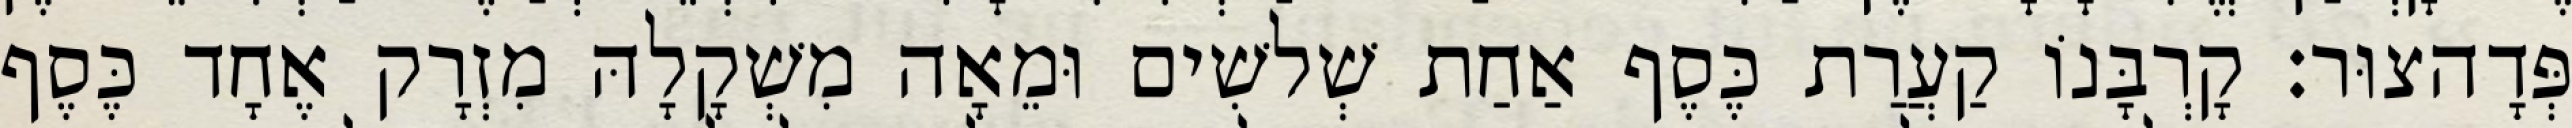
פְּדָהצוּר׃ קָרְבָּנוֹ קַעֲרַת כֶּסֶף אַחַת שְׁלשִׁים וּמֵאָה מִשְׁקָלָהּ מִזְרָק אֶחָד כֶּסֶף